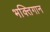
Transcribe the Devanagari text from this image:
भक्तिगान